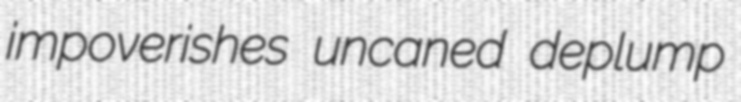
impoverishes uncaned deplump